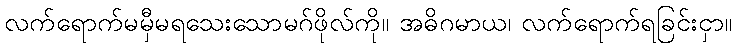
လက်ရောက်မမှီမရသေးသောမဂ်ဖိုလ်ကို။ အဓိဂမာယ၊ လက်ရောက်ရခြင်းငှာ။